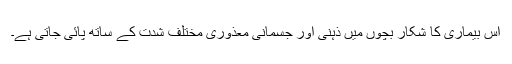
اس بیماری کا شکار بچوں میں ذہنی اور جسمانی معذوری مختلف شدت کے ساتھ پائی جاتی ہے۔